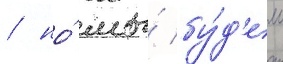
/ но́ мы́ бу́д'ем